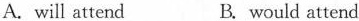
A. will attend B. would attend